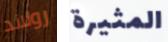
رولاند المثيرة